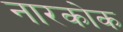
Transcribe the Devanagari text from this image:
नारकोक